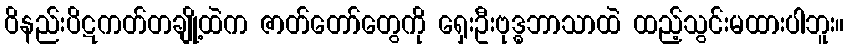
ဝိနည်းပိဋကတ်တချို့ထဲက ဇာတ်တော်တွေကို ရှေးဦးဗုဒ္ဓဘာသာထဲ ထည့်သွင်းမထားပါဘူး။